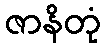
ဇာနိတုံ